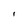
Character: 1